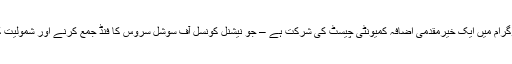
اس سال پروگرام میں ایک خیرمقدمی اضافہ کمیونٹی چیسٹ کی شرکت ہے – جو نیشنل کونسل آف سوشل سروس کا فنڈ جمع کرنے اور شمولیت کا شعبہ ہے۔